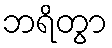
ဘရိတွာ